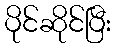
ပိုင်ဆိုင်ပြီး